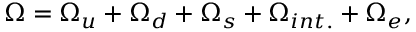
\Omega = \Omega _ { u } + \Omega _ { d } + \Omega _ { s } + \Omega _ { i n t . } + \Omega _ { e } ,